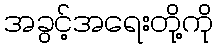
အခွင့်အရေးတို့ကို